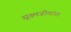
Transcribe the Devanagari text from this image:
सूक्ष्मजीवांना